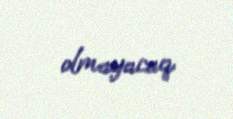
olmayacaq.